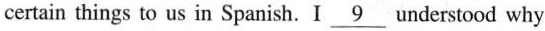
certain things to us in Spanish. I \underline{9}